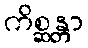
ကိစ္ဆန္တာ